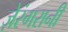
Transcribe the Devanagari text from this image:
ज़ेरंगरानी